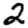
Digit: 2